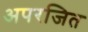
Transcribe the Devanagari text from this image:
अपरजित